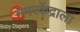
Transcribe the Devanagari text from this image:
नगरकेंद्राला